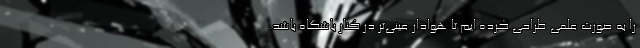
را به صورت علمی طراحی کرده ایم تا هوادار عینی‌تر در کنار باشگاه باشد.